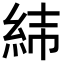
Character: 𦀃